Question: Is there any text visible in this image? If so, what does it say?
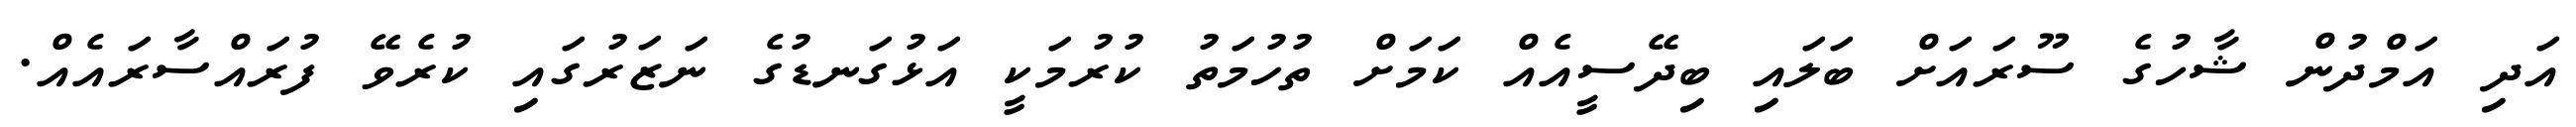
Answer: އަދި އަމްދުން ޝާހުގެ ސޫރައަށް ބަލައި ބިދޭސީއެއް ކަމަށް ތުހުމަތު ކުރުމަކީ އަޅުގަނޑުގެ ނަޒަރުގައި ކުރެވޭ ފުރައްސާރައެއް.